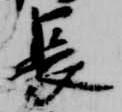
長